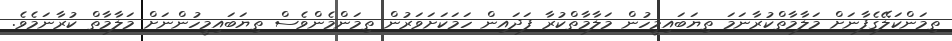
ތިމަންކަލޭގެފާނަށް މަލާމާތްކުރާނަމަ ތިޔަބައިމީހުން މަލާމާތްކުރާ ފަދައިން ހަމަކަށަވަރުން ތިމަންމެންވެސް ތިޔަބައިމީހުންނަށް މަލާމާތް ކުރާނަމެވެ.